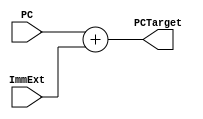
`timescale 1ns / 1ps
//////////////////////////////////////////////////////////////////////////////////
// Company: 
// Engineer: 
// 
// Design Name: 
// Module Name: PCTarget
// Project Name: 
// Target Devices: 
// Tool Versions: 
// Description: 
// 
// Dependencies: 
// 
// Revision:
// Revision 0.01 - File Created
// Additional Comments:
// 
//////////////////////////////////////////////////////////////////////////////////


module PCTarget(
input [31:0] PC,
input [31:0] ImmExt,
output [31:0] PCTarget  
    );
    
    assign PCTarget = PC + ImmExt;
    
endmodule